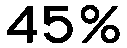
45%